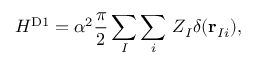
H ^ { \mathrm { D 1 } } = \alpha ^ { 2 } \frac { \pi } { 2 } \sum _ { I } \sum _ { i } \, Z _ { I } \delta ( \mathbf { r } _ { I i } ) ,